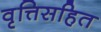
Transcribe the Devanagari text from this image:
वृत्तिसहित